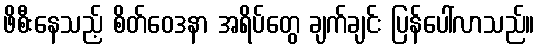
ဖိစီးနေသည့် စိတ်ဝေဒနာ အရိပ်တွေ ချက်ချင်း ပြန်ပေါ်လာသည်။